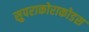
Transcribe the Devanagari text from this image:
सुपराकोराकोडस